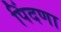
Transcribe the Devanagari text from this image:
पिंदणा